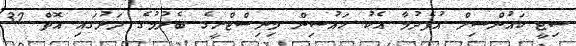
ސިޓީ ކައުންސިލް އުފެދުމާ އެކު ހައުސިން މިނިސްޓްރީގެ ބެލުމުގެ ދަށުގައި އޮތް 32